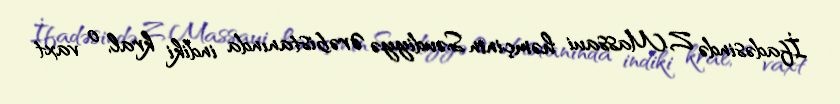
İfadəsində Z.Massaui həmçinin Səudiyyə Ərəbistanında indiki kral, o vaxt